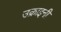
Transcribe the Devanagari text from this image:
उक्राइनी